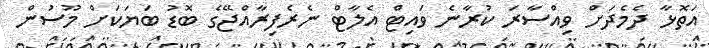
އަތޮޅާ ދެމެދަށް ވިއްސާރަ ކުރާނެ ވައިޓް އެލާޓް ނެރެފިރާއްޖޭގެ ބޮޑު ބަޔަކަށް މޫސުން